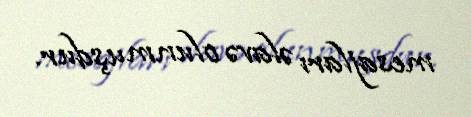
mesajları əlavə olunmuşdur.